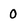
Character: 0